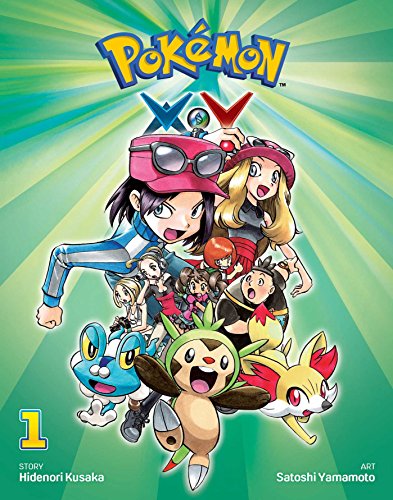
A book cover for PokÃ©mon XY, Vol. 1 (Pokemon); Hidenori Kusaka; Comics & Graphic Novels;